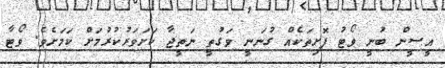
އީސީން ބުނީ ވޯޓު ފޮށިތަކެއް ގުނަނީ ވަގުތީ ނަތީޖާ ކަށަވަރުކުރުމަށް ކަމަށެވެ. ވޯޓާ